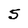
Character: 5